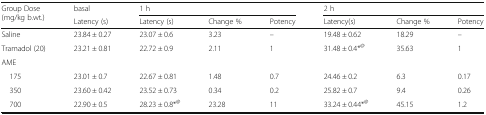
<table><thead><tr><td rowspan="2"><b>Group Dose (mg/kg b.wt.)</b></td><td><b>basal</b></td><td colspan="3"><b>1 h</b></td><td colspan="3"><b>2 h</b></td></tr><tr><td><b>Latency (s)</b></td><td><b>Latency (s)</b></td><td><b>Change %</b></td><td><b>Potency</b></td><td><b>Latency(s)</b></td><td><b>Change %</b></td><td><b>Potency</b></td></tr></thead><tbody><tr><td>Saline</td><td>23.84 ± 0.27</td><td>23.07 ± 0.6</td><td>3.23</td><td>–</td><td>19.48 ± 0.62</td><td>18.29</td><td>–</td></tr><tr><td>Tramadol (20)</td><td>23.21 ± 0.81</td><td>22.72 ± 0.9</td><td>2.11</td><td>1</td><td>31.48 ± 0.4*<sup>@</sup></td><td>35.63</td><td>1</td></tr><tr><td colspan="8">AME</td></tr><tr><td> 175</td><td>23.01 ± 0.7</td><td>22.67 ± 0.81</td><td>1.48</td><td>0.7</td><td>24.46 ± 0.2</td><td>6.3</td><td>0.17</td></tr><tr><td> 350</td><td>23.60 ± 0.42</td><td>23.52 ± 0.73</td><td>0.34</td><td>0.2</td><td>25.82 ± 0.7</td><td>9.4</td><td>0.26</td></tr><tr><td> 700</td><td>22.90 ± 0.5</td><td>28.23 ± 0.8*<sup>@</sup></td><td>23.28</td><td>11</td><td>33.24 ± 0.44*<sup>@</sup></td><td>45.15</td><td>1.2</td></tr></tbody></table>